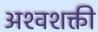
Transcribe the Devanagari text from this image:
अश्‍वशक्ती